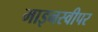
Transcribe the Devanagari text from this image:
माइनस्वीपर